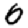
Digit: 6